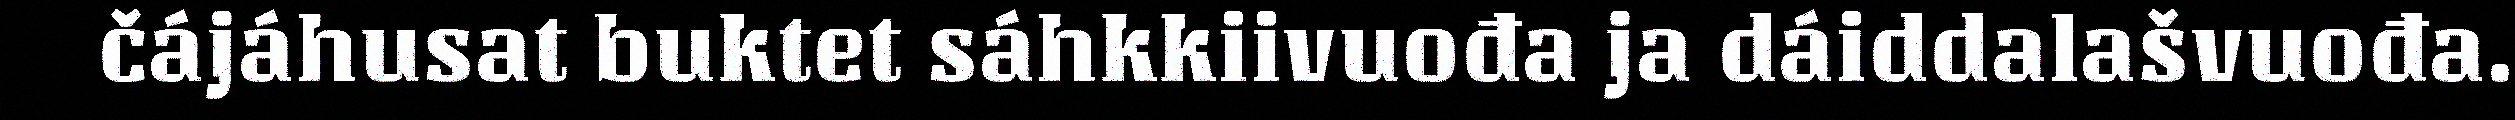
čájáhusat buktet sáhkkiivuođa ja dáiddalašvuođa.